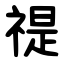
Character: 禔